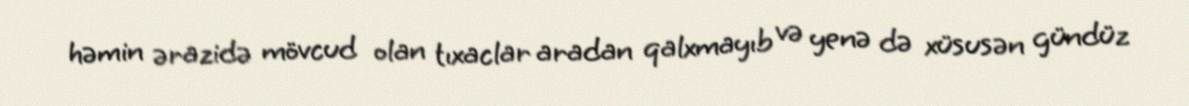
həmin ərazidə mövcud olan tıxaclar aradan qalxmayıb və yenə də xüsusən gündüz